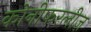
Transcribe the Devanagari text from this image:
कोनीफरलीज़